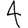
Digit: 4